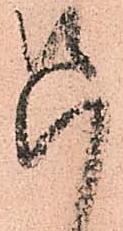
只